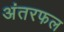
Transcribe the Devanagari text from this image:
अंतरफल